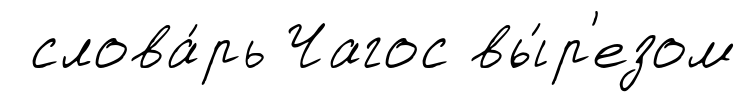
слова́рь Чагос вы́р'езом